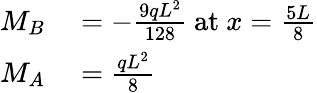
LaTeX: \begin{array}{rl}{M_{B}}&{{}=-{\frac{9qL^{2}}{128}}{\mathrm{~at~}}x={\frac{5L}{8}}}\\ {M_{A}}&{{}={\frac{qL^{2}}{8}}}\end{array}